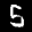
Label: 5